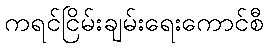
ကရင်ငြိမ်းချမ်းရေးကောင်စီ